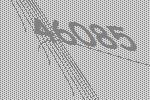
46085